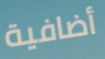
أضافية